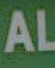
AL